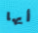
أيها